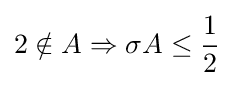
2\notin A\Rightarrow \sigma A\leq {\frac {1}{2}}